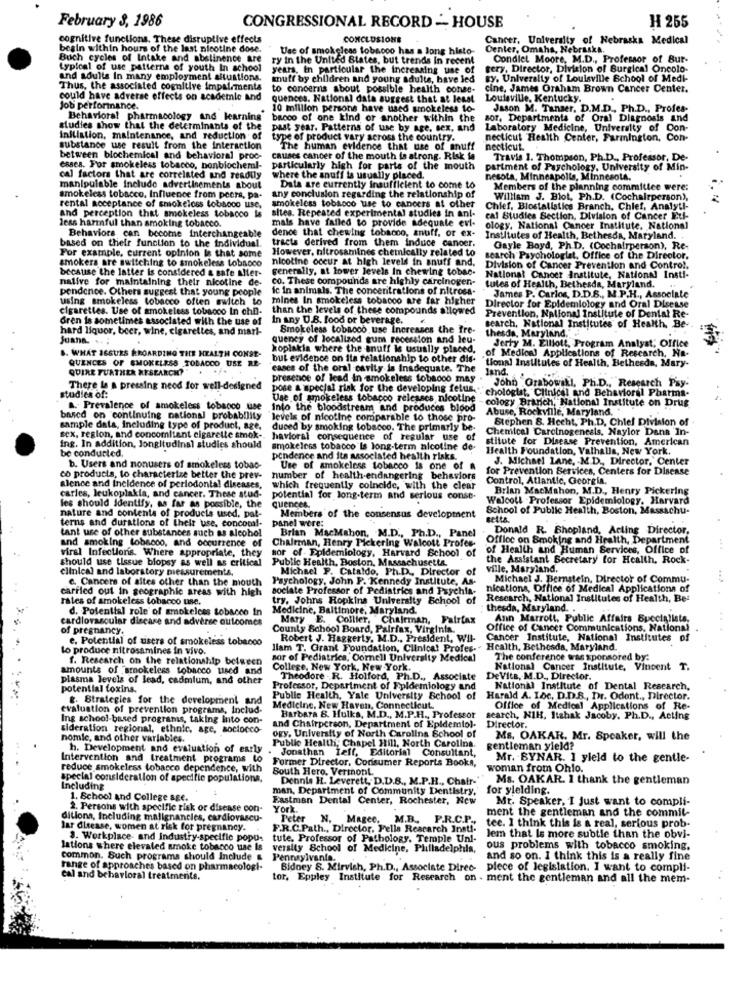
February 3, 1986
CONGRESSIONAL RECORD -- HOUSE
H 255
cognitive functions. These disruptive effects
CONCLUSIONE
Cancer, University of Nebraska Medical
begin within hours of the last nicotine dose.
Use of smokeless tobacco has a long histo-
Center, Omaha, Nebraska.
Buch cycles of Intake and abstinence are
ry in the United States, but trends In recent
Condiet Moore, M.D ., Professor of Bur-
typical of use patterns of youth In school
years, in particular the increasing use of
tery. Director, Division of Surgical Oncolo-
and adults In many employment situations.
tuff by children and young adults, have led
By. Univerally of Louisville School of Medi-
Thus, the associated cognitive impairmenta
to concerns about possible health conae-
cine, James Oraham Brown Cancer Center.
could have adverse effects on academie and
quences. National data suggest that at least
Louisville, Kentucky.
Job performance.
10 million persons have used smokeless to-
Jason M. Tanger. D.M.D ., Ph.D ., Profes-
Behavioral pharmacology and learning bacco of one kind or another within the
sor, Departments of Oral Diagnosis and
studies show that the determinants of the
past year. Patterns of use by age, sex, and
Laboratory Medicine, University of Con-
Initiation, maintenance, and reduction of
type of product vary across the country.
necticut Health Center, Farmington, Con-
substance use result from the Interaction
The human evidence that use of snuff
necticut.
between blochemical and behavioral proc-
causes cancer of the mouth is atrong. Risk fa
Travis 1. Thompson, Ph.D ., Professor, De-
esses. For smokeless tobacco, bonbiochemi-
particularly high for parts of the mouth
partment of Psychology. University of Min-
cal factors that are correlated and readily
where the snuff ta usually placed.
nesota, Minneapolis, Minnesota.
manipulable Include advertisements about
Data are currently insufficient to come to
Members of the planning committee were:
smokeless tobacco, Influence from peers, pa-
any conclusion regarding the relationship of
William J. Blot, Ph.D. (Cochairperson),
rental acceptance of smokeloss tobacco use,
And perception that smokeless tobacco is
smokeless tobacco use to cancers at other
sites. Repeated experimental studies in an !-
Chief, Blostatistics Branch, Chief, Analyt !-
less harmful than smoking tobacco.
mais have failed to provide adequale evl-
cal Studies Section, Division of Cancer Etl-
dence that chewing tobacco, snuff, or ex-
ology, National Cancer Institute. National
Behaviors can become interchangeable
tracts derived from them induce canoer.
Institutes of Health, Bethesda, Maryland.
For example, current opinion le that some
based on their function to the individual.
However, nitrosamines chemically related to
Gayle Boyd, Ph.D. (Cochairperson), Re-
smokers are switching to smokeless tobacco
nicotine occur at high levels in snuff and.
search Psychologlat, Office of the Director.
because the latter is considered a safe aller-
generally, at lower levels In chewing tobac.
Division of Cancer Prevention and Control,
native for maintaining their nicotine de-
co. These compounds are highly carcinogen-
National Cancer Institute, National Insti-
pendence. Others suggest that young people
ic in animals. The conceritrations of nitrosa-
tutes of Health, Bethesda, Maryland.
using smokeless tobacco often switch to mines In smokeless tobacco are far higher
James P. Carlos, D.D.S ., M.P.H ., Associate
cigarettes. Use of smokeless tobacco In chil-
than the levels of these compounds allowed
Prevention, National Institute of Dental Re-
Director for Epidemiology and Oral Disesse
Gren is sometimes associated with the use of In any U.S. food or beverage.
.
hard liquor, beer, wine, cigarettes, and mari-
Smokeless tobacco use Increases the fre-
search, National Institutes of Health. Be-
thesda, Maryland."
Juana. ..
quency of localized gum recession and leu-
Jerry M. Elliott, Program Analyst; Office
koplakia where the snuff is usually placed,
of Medical Applications of Rescarch, Na-
B. WHAT ISSUES KROARDING THE HEALTH CONSE-
QUENCES OF SMOKELESS TOBACCO USE RE-
but evidence on ita relationship to other dis-
tional Insitules of Health, Bethesda, Mary-
QUIRE FURTHER RESEARCH?" .
cases of the oral cavity is Inadequate. The
Jan
presence of lead in smokeless tobacco may
John Grabowill, Ph.D ., Research Pay.
There la a pressing need for well-designed
pose a special risk for the developing fetus.
chologist, Clinical and Behavioral Pharma-
studies of:
Use of smokeless tobacco releases nicotine -cology Branch, National Institute on Drug
A. Prevalence of smokeless tobacco use
Into the bloodstream and produces blood
Abuse, Rockville, Maryland."
based on continuing national probability
levels of nicotine comparable to those pro-
Stephen 8. Hecht, Ph.D. Chief Division of
sample data, including type of product, age,
duced by smoking tobacco. The primarly be-
Chemical Carolnogencals, Naylor Dans In-
sex, region, and concomitant cigarette smok-
sex, region, and concomitant cigarette smok -. havioral consequence of regular use of
stitute for Disease Prevention, American
ing. In addition, Jongitudinal studies should
be conducted.
smokeless tobacco Is long-term nicotine de-
Health Foundation, Valhalla, New York.
pendence and its associated health risks.
J. Michael Lane, M.D ., Director," Center
b. Users and nonusers of smokeless tobao-
Use of smokeless tobacco is one of a
for Prevention Services, Centers for Disease
co products, to characterize better the prev-
number of health-endangering behaviors
Control, Atlantic, Georgia.
alence and Incidence of periodontal diseases, which frequently coincide, with the clear
carles, leukoplakla, and cancer. These stud-
Brian MacMahon, M.D ., Henry Pickering
potential for long-term and serious const.
Walcott Professor Epidemiology, Harvard
les should identify, as far as possible, the
quences.
School of Public Health, Boston, Massachu-
nature and contents of products used, pat-
terns and durations of their use, concomi-
panel were:
Members of the consensus development
Betta
tant use of other substances such as alcohol
Brian MacMahon, M.D ., Ph.D ., Panel
Donald R. Shopland, Acting Director,
and smoking tobacco, and occurrence of
Chairman, Henry Pickering Walcott Profes-
Office on Smoking and Health, Department
viral Infections. Where appropriate, they
sor of - Epidemiology, Harvard School of
of Health and Human Services, Office of
should use tissue biopsy as well as critical
Public Health, Boston, Massachusetts
the Assistant Secretary for Health, Rock-
clinical and laboratory measurements.
Michael P. Cataldo, Ph.D ., Director of
ville, Maryland.
e. Cancers of altes other than the mouth
Psychology, John F. Kennedy Institute, As-
Michael J. Bernstein, Director of Commu-
carried out in geographic areas with high
soclate Professor of Pediatrics and Psychia-
nications, Office of Medical Applications of
rates of smokeless Lobanco use.
try. Johns Hopkins University School of
Research, National Institutes of Health, Be:
d. Potential role of smokeless tobacco In
Medicine, Baltimore, Maryland.
thesda, Maryland. .
cardiovascular disease and adverse outcomes
Mary E. Collier, Chairman, Fairfax
Ann Marrott, Public Affairs Buccialists,
of pregnancy.
County School Board, Palrfax, Virginia.
Office of Cancer Communications, National
e, Potential of users of smokeless tobacco
Robert J. Haggerty, M.D ., President, Wil-
Cancer Institute, National Institutes
of
lo produce nitrosamines in vivo.
llam T. Grant Foundation, Clinica! Profes-"
f. Research on the relationship between
sor of Pediatrics, Cornell University Medical
The conference was sponsored by:
amounts of "smokeless tobacco used and
College, New York, New York.
National Cancer Institute, Vincent T.
plasma levels of lead, cadmium, and other
Theodore . R. Holford, Ph.D ., Associate
DeVita, M.D ., Director.
potential toxins.
Professor, Department of Epidemiology and
National Institute of Dental Research,
&. Strategies for the development and
Public Health, Yale University School of
Harald A. IDc, D.D.S ., Dr. Odont ., Director.
evaluation of prevention programs, includ-
Medicine, New Haven, Connecticut.
Office of Medical Applications of Re-
Ing school-based programs, taking Into con-
Barbara 8. Hulks, M.D ., M.P.H ., Professor
search, NIH, Itahak Jacoby, Ph.D ., Acting
sideration regional, ethnic, age, soctocco-
and Chairperson, Department of Epidemio)-
Director.
nomie, and other variables.
ogy, University of North Carolina School of
Public Health, Chapel Hill, North Carolina.
Ms. OAKAR. Mr. Speaker, will the
h. Development and evaluation of early
Jonathan Teff, Editorial Consultant,
gentleman yield?
Intervention and treatment programs to
Former Director, Consumer Reports Books,
Mr. BYNAR. 1 yield to the gentle-
reduce smokeless tobacco dependence, with
South Hero. Vermont
woman from Ohlo.
special consideration of specific populations,
Dennis H. Leverett, D.D.B ., M.P.H ., Chatr-"
Ms. OAKAR. I thank the gentleman
Including
man, Department of Community Dentistry,
for yielding.
1. School and College sse.
Eastman Dental Center, Rochester, New
Mr. Speaker, I Just want to compli-
2. Persons with specific risk or disease con-
York
ment the gentleman and the commit-
ditions, Including malignancies, cardiovascu-
Peter
N.
Magee,
M.B.
P.R.C.P .,
lar disease, women at risk for pregnancy.
F.R.C.Path ., Director, Fella Rescarch Inst !-
tec. I think this is a real, serious prob-
3. Workplace- and Industry-specific popu-
tute, Professor of Pathology, Temple Uni-
lem that Is more subtle than the obvi-
lations where elevated smoke tobacco use Is versity School of Medicine, Philadelphia,
ous problems with tobacco smoking.
common. Such programs should Include & Pennsylvania.
and so on. I think this is a really fine
range of approaches based on pharmacologt-
Sidney 8. Mirvish, Ph.D ., Associate Direc-
piece of legislation. I want to compli-
cal and behavioral treatments.
tor, Eppley Institute for Research on . ment the gentleman and all the mem-